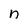
Character: n